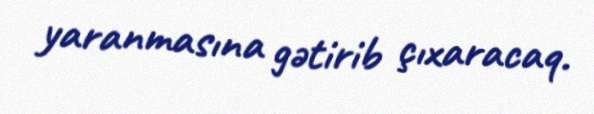
yaranmasına gətirib çıxaracaq.